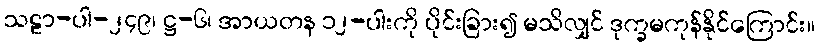
သဠာ-ပါ-၂၄၉၊ ဋ္ဌ-၆၊ အာယတန ၁၂-ပါးကို ပိုင်းခြား၍ မသိလျှင် ဒုက္ခမကုန်နိုင်ကြောင်း။